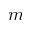
m